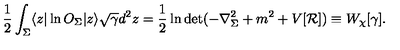
\frac 1 2 \int _ { \Sigma } \langle z | \ln O _ { \Sigma } | z \rangle \sqrt { \gamma } d ^ { 2 } z = \frac 1 2 \ln \det ( - \nabla _ { \Sigma } ^ { 2 } + m ^ { 2 } + V [ { \cal R } ] ) \equiv W _ { \chi } [ \gamma ] .